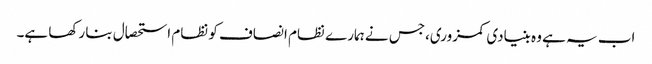
اب یہ ہے وہ بنیادی کمزوری،جس نے ہمارے نظام انصاف کو نظام استحصال بنا رکھا ہے۔